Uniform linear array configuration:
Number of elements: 32
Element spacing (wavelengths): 0.75
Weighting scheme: hann
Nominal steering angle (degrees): -45
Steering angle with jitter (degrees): -46.137
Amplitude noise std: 0.05
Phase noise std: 0.05

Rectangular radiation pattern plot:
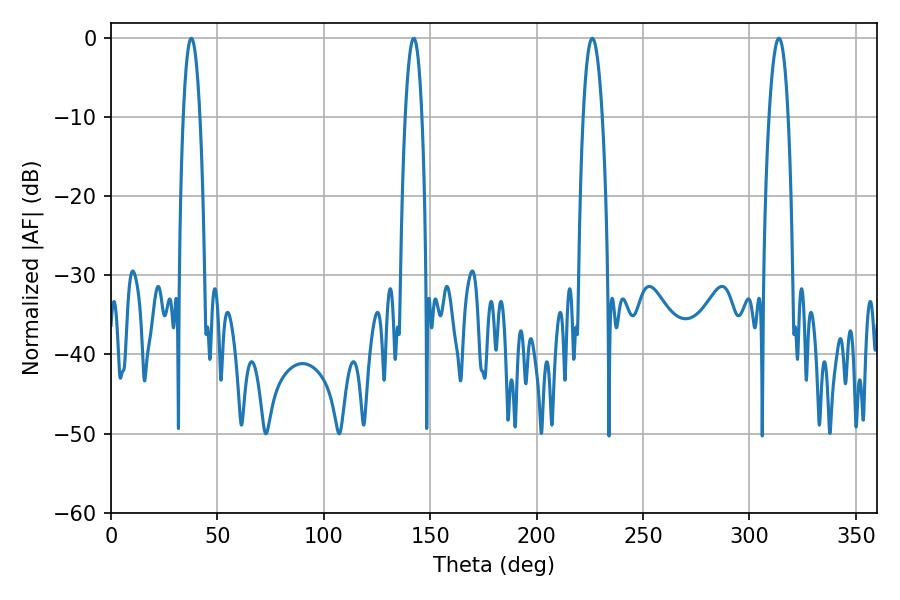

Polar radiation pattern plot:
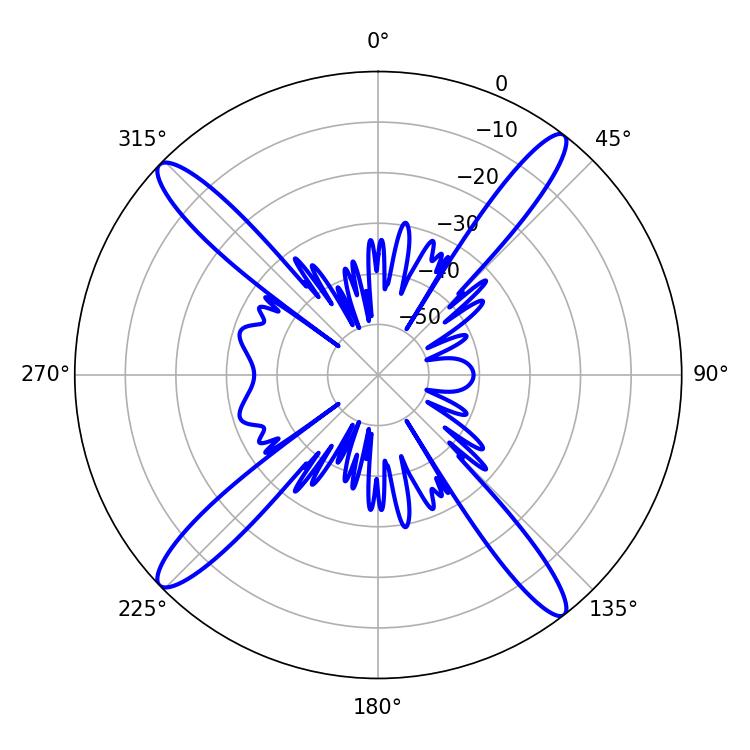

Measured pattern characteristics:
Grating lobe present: TRUE
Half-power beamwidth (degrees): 4.32
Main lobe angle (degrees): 37.8